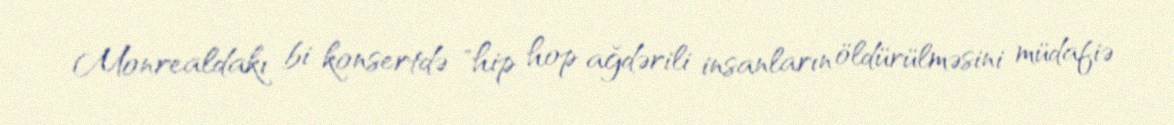
Monrealdakı bi konsertdə "hip hop ağdərili insanların öldürülməsini müdafiə